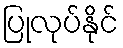
ပြုလုပ်နိုင်